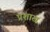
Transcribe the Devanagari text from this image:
प्रशाख